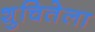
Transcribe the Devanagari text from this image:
शुचितेला